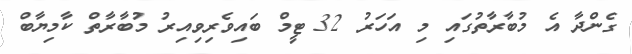
ގެންދާ އެ މުބާރާތުގައި މި އަހަރު 32 ޓީމް ބައިވެރިވިއިރު މުބާރާތް ކާމިޔާބް